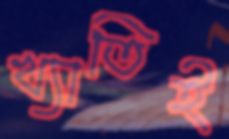
খ্যাতিই